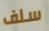
سلف